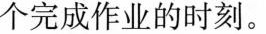
个完成作业的时刻。